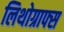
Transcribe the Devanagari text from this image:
लिथोग्राफ्स